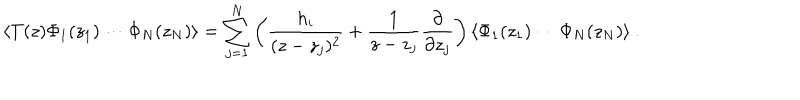
\langle T ( z ) \Phi _ { 1 } ( z _ { 1 } ) \cdots \Phi _ { N } ( z _ { N } ) \rangle = \sum _ { j = 1 } ^ { N } \left( \frac { h _ { i } } { ( z - z _ { j } ) ^ { 2 } } + \frac { 1 } { z - z _ { j } } \frac { \partial } { \partial z _ { j } } \right) \langle \Phi _ { 1 } ( z _ { 1 } ) \cdots \Phi _ { N } ( z _ { N } ) \rangle ~ .